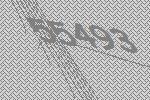
55493